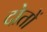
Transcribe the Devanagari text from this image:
दोतों